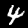
Digit: 4